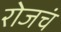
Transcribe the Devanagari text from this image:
रोजचं